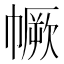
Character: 𢅅